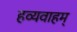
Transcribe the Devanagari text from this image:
हव्यवाहम्